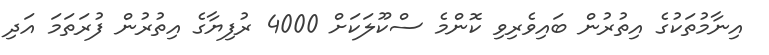
އިނާމުތަކުގެ އިތުރުން ބައިވެރިވި ކޮންމެ ސްކޫލަކަށް 4000 ރުފިޔާގެ އިތުރުން ފުރަތަމަ އަދި